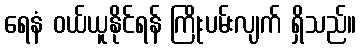
ရေနံ ဝယ်ယူနိုင်ရန် ကြိုးပမ်းလျက် ရှိသည်။